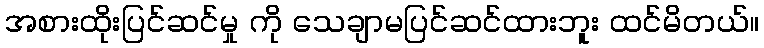
အစားထိုးပြင်ဆင်မှု ကို သေချာမပြင်ဆင်ထားဘူး ထင်မိတယ်။